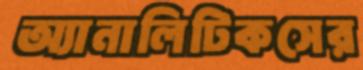
অ্যানালিটিকসের